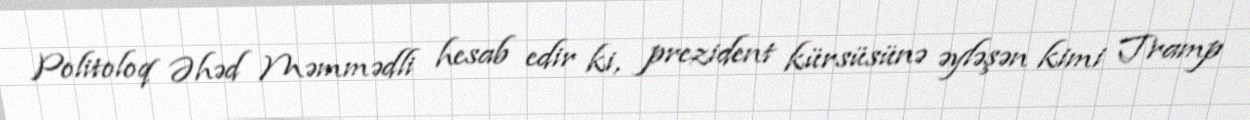
Politoloq Əhəd Məmmədli hesab edir ki, prezident kürsüsünə əyləşən kimi Tramp